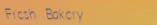
Fresh Bakery